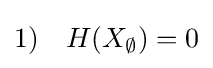
1)\quad H(X_{\emptyset })=0